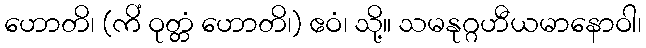
ဟောတိ၊ (ကိံ ဝုတ္တံ ဟောတိ၊) ဧဝံ၊ သို့။ သမနုဂ္ဂဟီယမာနောဝါ၊